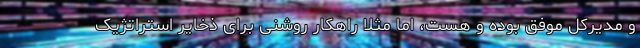
و مدیرکل موفق بوده و هست، اما مثلا راهکار روشنی برای ذخایر استراتژیک